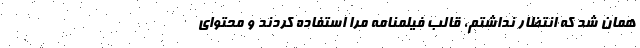
همان شد که انتظار نداشتم، قالب فیلمنامه مرا استفاده کردند و محتوای